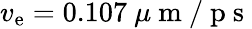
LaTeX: v_{\mathrm{e}}=0.107~\mu\mathrm{{~m~/~p~s~}}